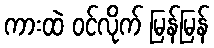
ကားထဲ ဝင်လိုက် မြန်မြန်